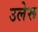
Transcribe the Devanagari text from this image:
उलेरू